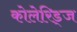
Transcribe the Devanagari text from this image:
कोलेरिड्ज